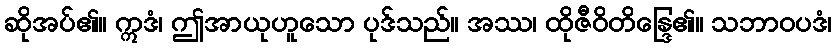
ဆိုအပ်၏။ ဣဒံ၊ ဤအာယုဟူသော ပုဒ်သည်။ အဿ၊ ထိုဇီဝိတိန္ဒြေ၏။ သဘာဝပဒံ၊